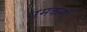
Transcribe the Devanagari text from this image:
नमकनॉ